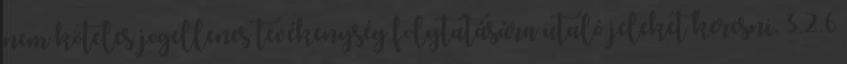
nem köteles jogellenes tevékenység folytatására utaló jeleket keresni. 3.2.6